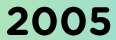
2005